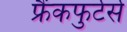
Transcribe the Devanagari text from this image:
फ्रैंकफुर्टर्स